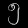
Digit: ၅